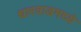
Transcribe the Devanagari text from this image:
धारवाडमध्ये